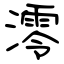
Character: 澪